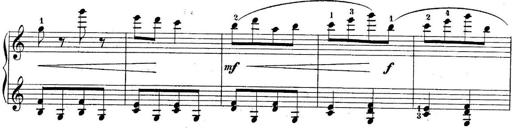
Title: 10 Sonatines progressives
Composer: Anton Schmoll